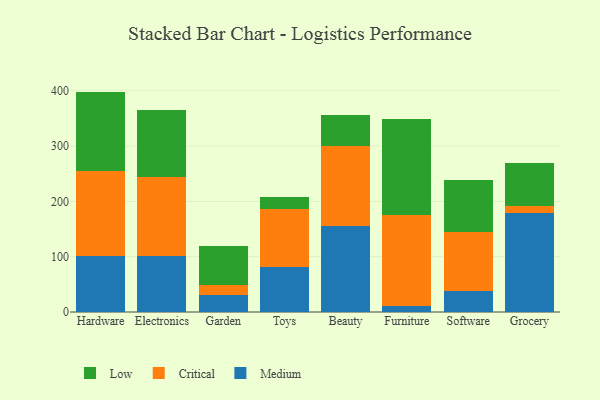
{"axis": {"x": "Category", "y": "Tickets Resolved"}, "legend": ["Critical", "Low", "Medium"], "data": [{"x": "Hardware", "y": 100.8, "type": "Medium"}, {"x": "Hardware", "y": 154.1, "type": "Critical"}, {"x": "Hardware", "y": 143.5, "type": "Low"}, {"x": "Electronics", "y": 100.9, "type": "Medium"}, {"x": "Electronics", "y": 143.1, "type": "Critical"}, {"x": "Electronics", "y": 120.3, "type": "Low"}, {"x": "Garden", "y": 31.3, "type": "Medium"}, {"x": "Garden", "y": 17.9, "type": "Critical"}, {"x": "Garden", "y": 69.8, "type": "Low"}, {"x": "Toys", "y": 81.7, "type": "Medium"}, {"x": "Toys", "y": 104.4, "type": "Critical"}, {"x": "Toys", "y": 22.0, "type": "Low"}, {"x": "Beauty", "y": 156.0, "type": "Medium"}, {"x": "Beauty", "y": 143.2, "type": "Critical"}, {"x": "Beauty", "y": 56.4, "type": "Low"}, {"x": "Furniture", "y": 10.8, "type": "Medium"}, {"x": "Furniture", "y": 165.1, "type": "Critical"}, {"x": "Furniture", "y": 172.1, "type": "Low"}, {"x": "Software", "y": 38.3, "type": "Medium"}, {"x": "Software", "y": 107.0, "type": "Critical"}, {"x": "Software", "y": 93.4, "type": "Low"}, {"x": "Grocery", "y": 179.2, "type": "Medium"}, {"x": "Grocery", "y": 12.6, "type": "Critical"}, {"x": "Grocery", "y": 78.4, "type": "Low"}]}